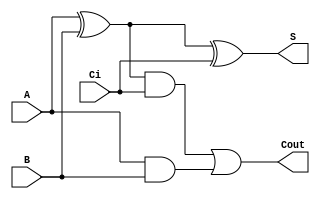
module sum1bcc_primitive (A, B, Ci,Cout,S); //se crea el sumador y se nombran las variables que se usarn de entrada y salida

  input  A; 
  input  B;
  input  Ci;
  output Cout;
  output S;
  //se define para qu se usar cada variable, si entrada (input) o salida (output)

  wire a_ab;
  wire x_ab;
  wire cout_t;
//se crean conexiones para unir los procesos que se harn para la suma
  and(a_ab,A,B); //se crea una compuerta and que tiene de salida 'a_ab' y de entrada A y B para dar el segundo dgito de la suma
  xor(x_ab,A,B); //se crea una compuerta xor que tiene de salida 'x_ab' y de entrada A y B para dar el primer dgito de la suma

  xor(S,x_ab,Ci); //se crea una compuerta xor para definir el primer dgito (S) adicionando la entrada Cin
  and(cout_t,x_ab,Ci); //se crea una compuerta and para definir el segundo dgito adicionando la entrada Cin

  or (Cout,cout_t,a_ab); //si cualquiera o ambos de los dos resultados de las compuertas and es 1 entonces el segundo dgito =1
endmodule